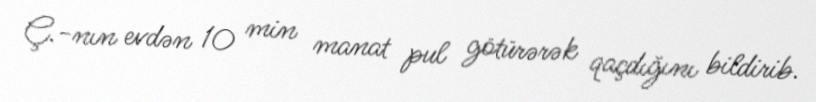
Ç.-nın evdən 10 min manat pul götürərək qaçdığını bildirib.